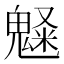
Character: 𩳫